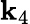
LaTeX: \mathbf{k}_{4}